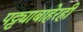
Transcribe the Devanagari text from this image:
पट्ट्याबाहेरही